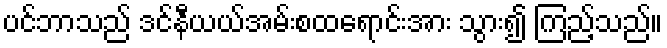
ပင်ဘာသည် ဒင်နီယယ်အမ်းစထရောင်းအား သွား၍ ကြည့်သည်။